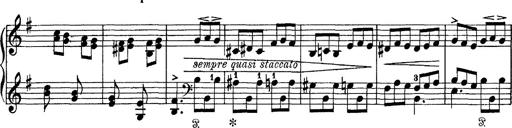
Title: Tarantelle di bravura dâ€™aprÃ¨s la tarantelle de La muette de Portici
Composer: Franz Liszt